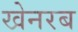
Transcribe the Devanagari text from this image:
खेनरब